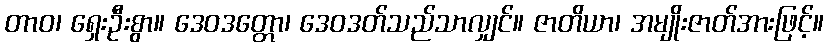
တာဝ၊ ရှေးဦးစွာ။ ဒေဝဒတ္တော၊ ဒေဝဒတ်သည်သာလျှင်။ ဇာတိယာ၊ အမျိုးဇာတ်အားဖြင့်။